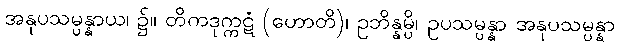
အနုပသမ္ပန္နာယ၊ ၌။ တိကဒုက္ကဋံ (ဟောတိ)၊ ဥဘိန္နမ္ပိ၊ ဥပသမ္ပန္နာ အနုပသမ္ပန္နာ